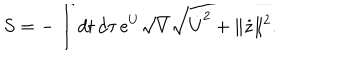
S = - \int d t \, d \tau \, e ^ { U } \sqrt { V } \sqrt { \dot { U } ^ { 2 } + \| \dot { z } \| ^ { 2 } } .